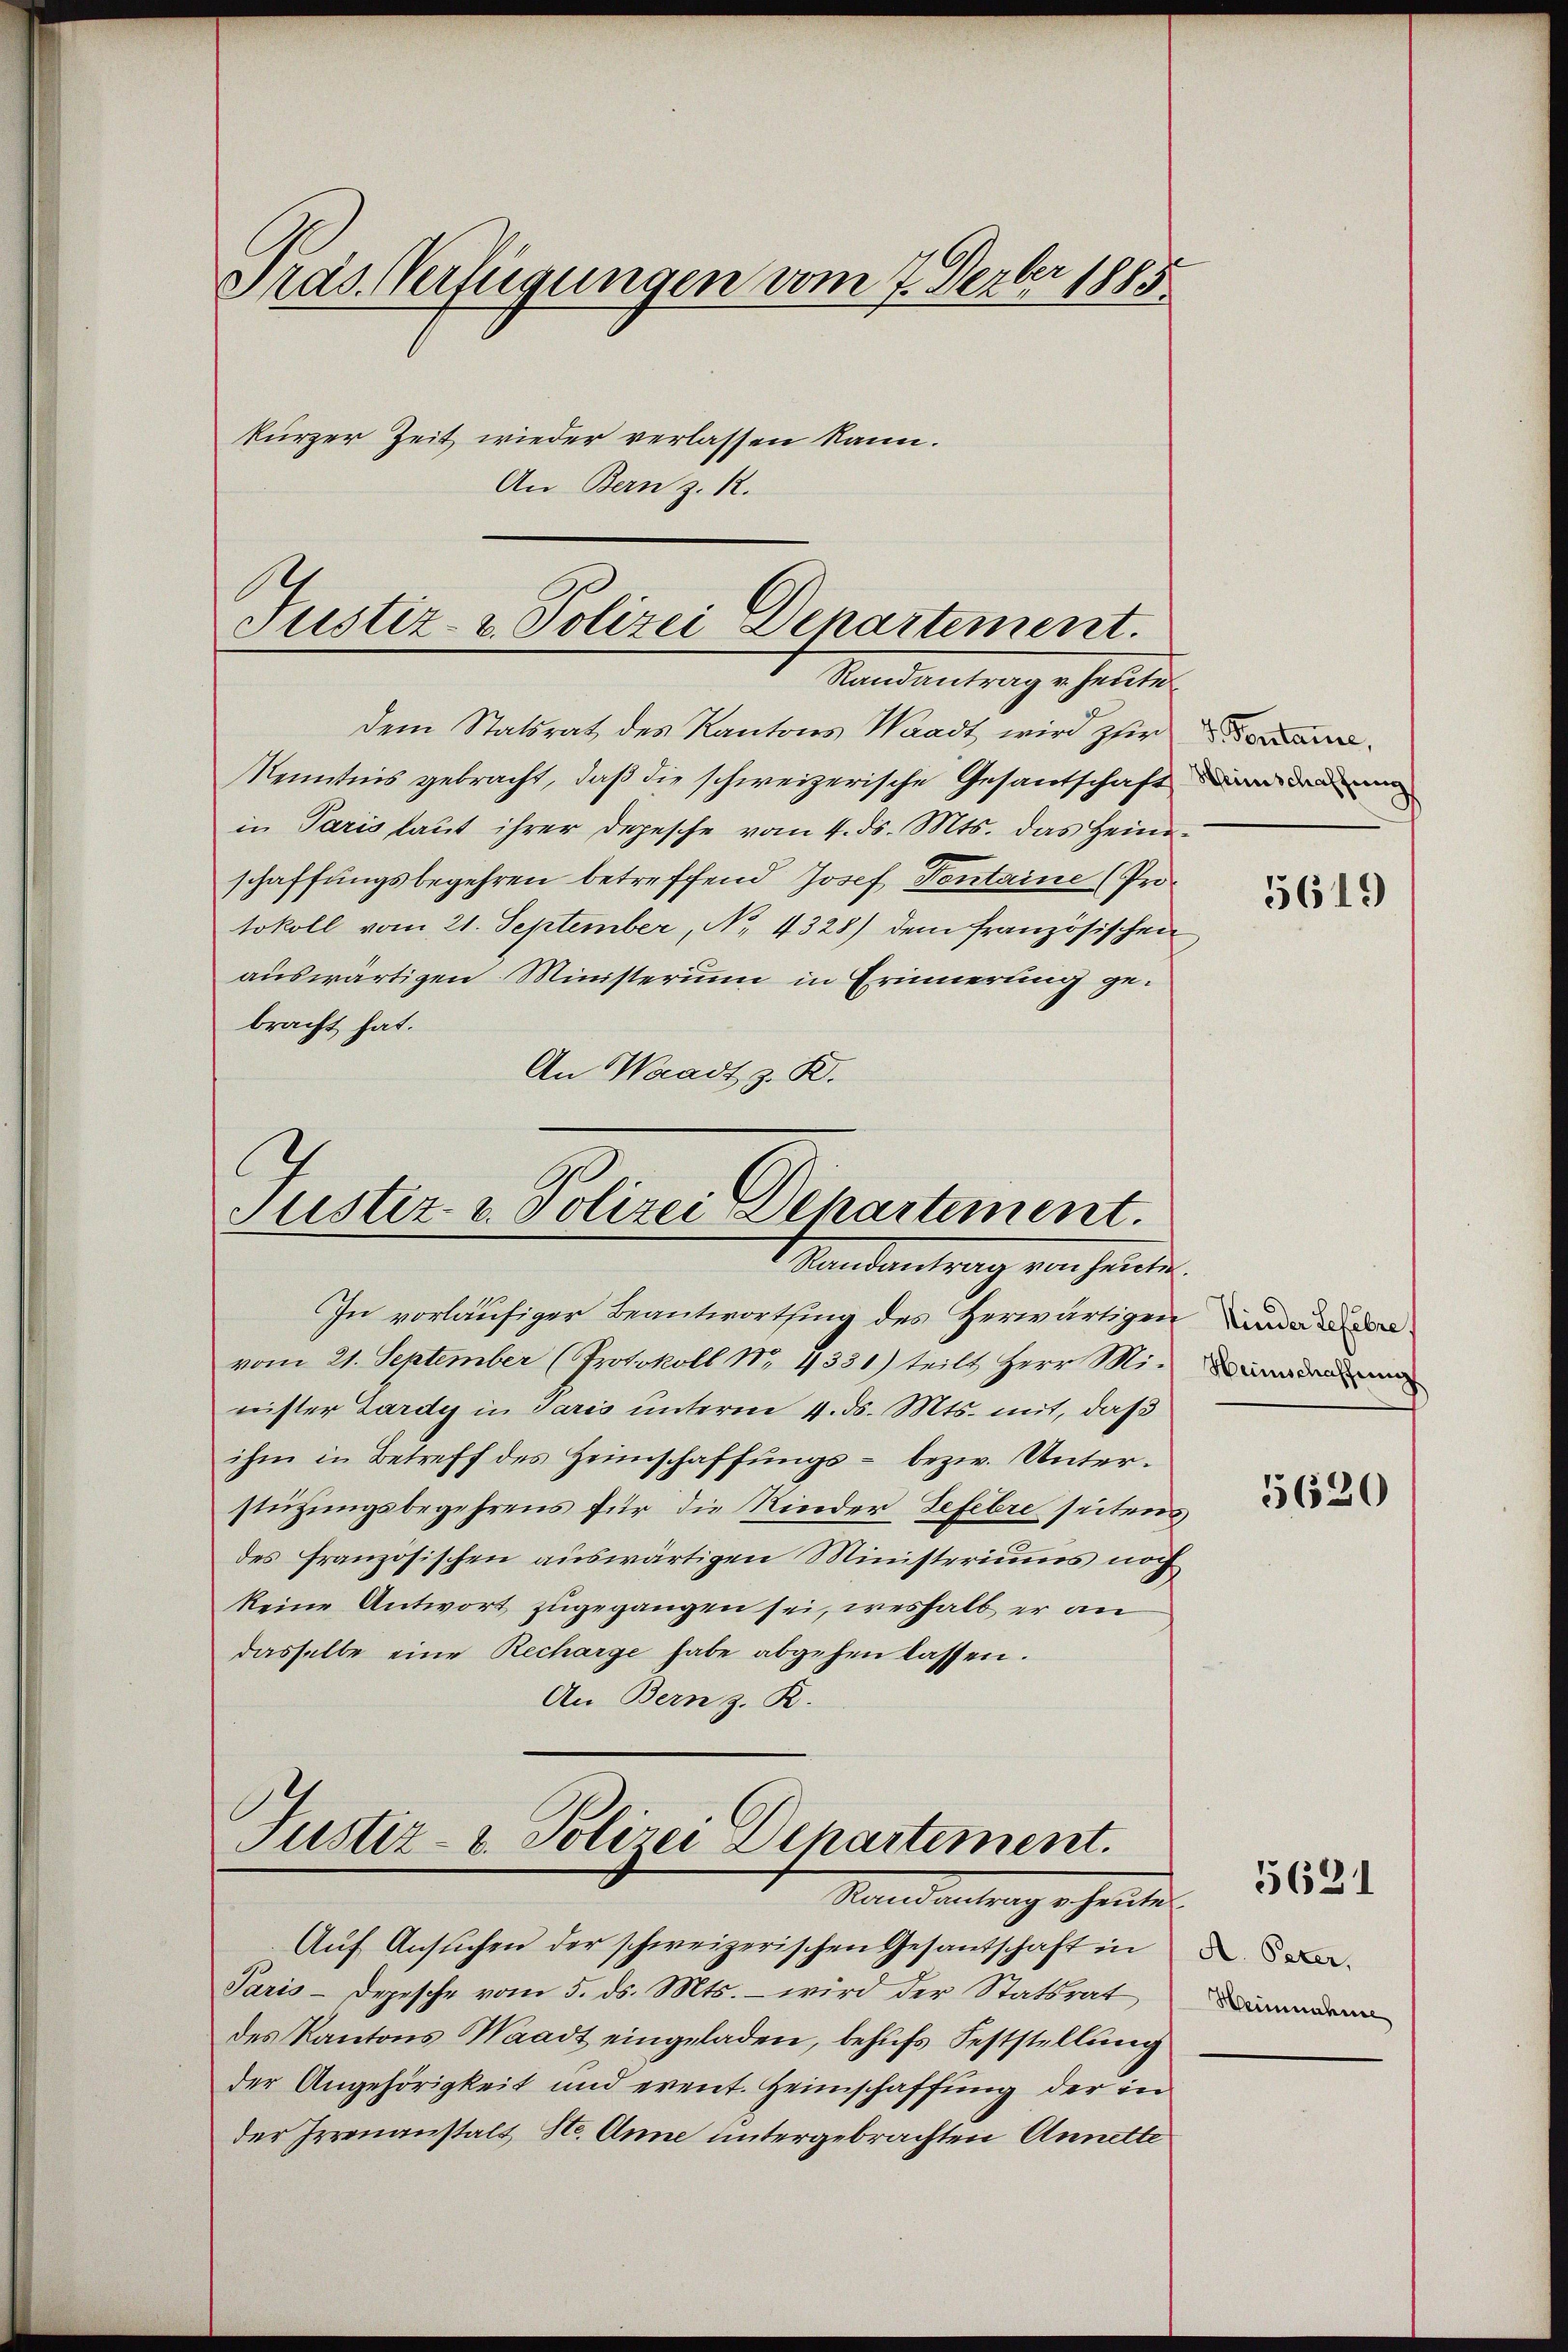
Präs. Verfügungen vom 7. Ferber 1885

kurzer Zeit wieder verlassen kann.
An Bern z. R.

Justiz- & Polizei Denartement.
Standentrag erhalten

dem Statsrat des Kantons Waadt wird zur
Kenntnis gebracht, daß die schweizerische Gesantschaft
in Paris laut ihrer Depesche vom 4. ds. Mts. das Heimschaffungsbegehren betreffend Josef Pontaine (Protokoll vom 21. September, No. 4328) dem französischen
auswärtigen Ministerium in Erinnerung gebracht hat.
An Waadt z. B.
In vorläufiger Beantwortsing des Herwärtigen
vom 21. September (Protokoll No 1331) teilt Herr Minister Lardy in Paris unterm 4. ds. Mts. mit, daß
ihm in Betreff des Heimschaffungs- bezw. Unterstützungsbegehrens für die Rinder Befehre seitens
des französischen auswärtigen Ministeriums noch
keine Antwort zugegangen sei, weshalb er an
dasselbe eine Recharge habe abgehen lassen.
An Bern z. B.
Justiz- u. Polizei Departement.
Mandantrag schente
Auf Ansuchen der schweizerischen Gesandschaft in
Paris - Depesche vom 5. ds. Mts. – wird der Statsrat
des Kantons Waadt eingeladen, behufs Feststellung
der Angehörigkeit und event. Heimschaffung der in
der Irrenanstalt Ste. Anne untergebrachten Annette

Justiz- u. Polizei Departement.
Standentrag von hinden.

V. Perstance,
Hinschaftung

5619

Heimschaffung

5620

5631

A. Peter,
Heinnahme